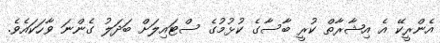
އެންރީކޭ އެ އިޝާރާތް ކުރީ ބާސާގެ ކުޅުމުގެ ސްޓައިލަށް ބަދަލު ގެންނަ ވާހަކައެވެ.